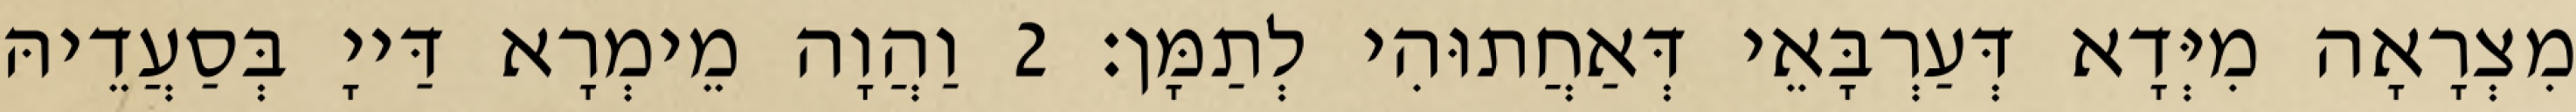
מִצְרָאָה מִיְּדָא דְּעַרְבָּאֵי דְּאַחֲתוּהִי לְתַמָּן׃ 2 וַהֲוָה מֵימְרָא דַּייָ בְּסַעֲדֵיהּ